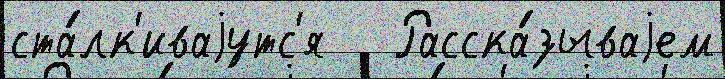
ста́лк'иваjутс'я   Расска́зываjем